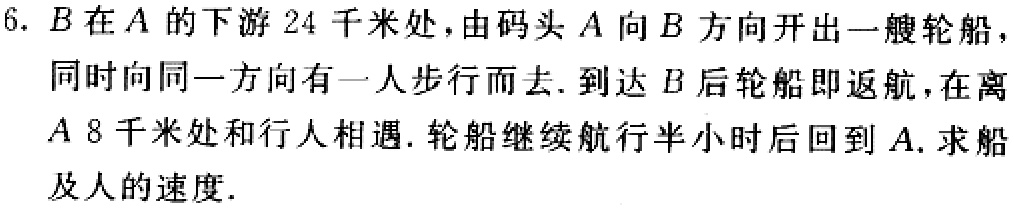
6. \(B\)在\(A\)的下游\(24\)千米处，由码头\(A\)向\(B\)方向开出一艘轮船，同时向同一方向有一人步行而去. 到达\(B\)后轮船即返航，在离\(A\) \(8\)千米处和行人相遇. 轮船继续航行半小时后回到\(A\). 求船及人的速度.